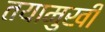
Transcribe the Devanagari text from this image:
तयामुखी